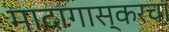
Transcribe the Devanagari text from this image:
मादागास्करचा